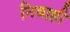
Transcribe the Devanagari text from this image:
निबाही